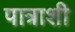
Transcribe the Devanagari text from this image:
पात्राशी